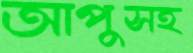
আপুসহ